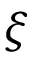
\xi